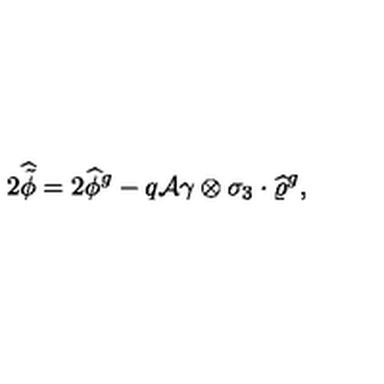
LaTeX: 2 \widehat { \tilde { \phi } } = 2 \widehat { \phi } { } ^ { g } - q { \cal A } \gamma \otimes \sigma _ { 3 } \cdot \widehat { \varrho } { } ^ { g } ,